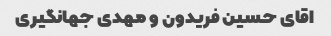
اقای حسین فریدون و مهدی جهانگیری